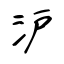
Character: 沪